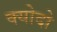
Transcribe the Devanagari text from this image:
क्योदो